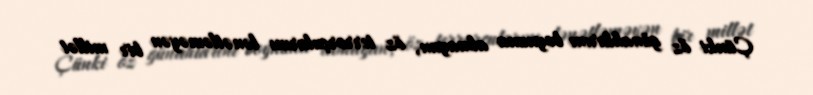
Çünki öz günahlarını boynuna almayan, öz terrorçularını lənətləməyən bir millət